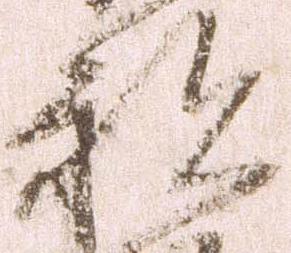
祝